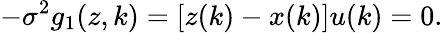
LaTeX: -\sigma^{2}g_{1}(z,k)=[z(k)-x(k)]u(k)=0.